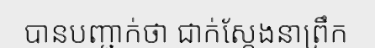
បានបញ្ជាក់ថា ជាក់ស្តែងនាព្រឹក